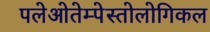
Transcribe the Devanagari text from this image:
पलेओतेम्पेस्तोलोगिकल